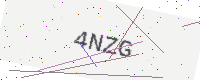
Text: 4NZG